Note on the mental hospitals in Burma - 1925-1940
Year: 1925
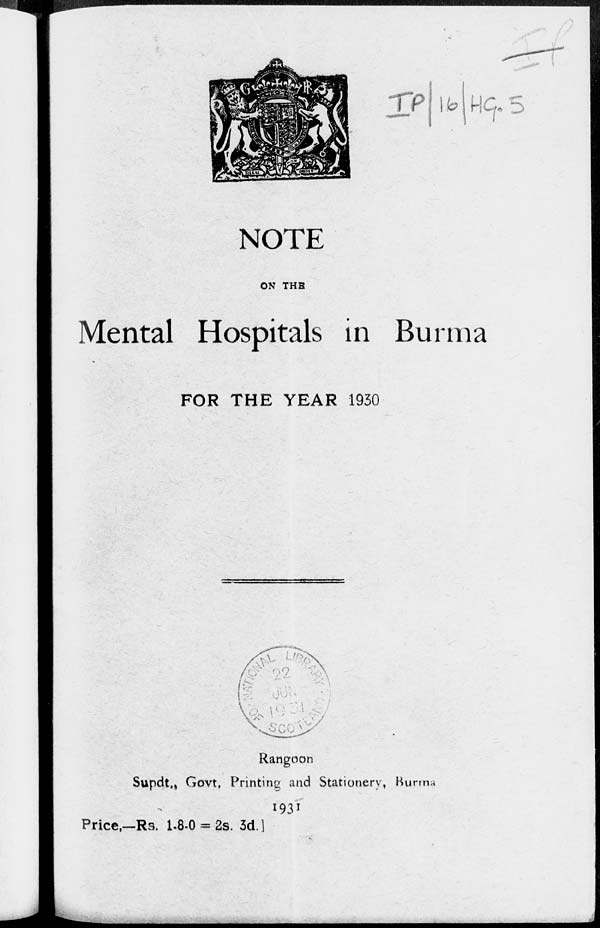
NOTE
ON THE
Mental Hospitals in Burma
FOR THE YEAR 1930
Rangoon
Supdt., Govt, Printing and Stationery, Burma
1931
Price,—Rs. 1-8-0 = 2s. 3d. ]